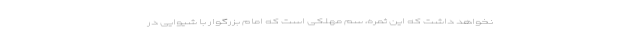
نخواهد داشت که این ثمره، سم مهلکی است که امام بزرگوار با شیوایی در